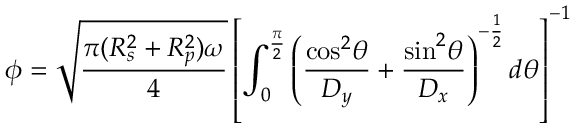
\phi = \sqrt { \frac { \pi ( R _ { s } ^ { 2 } + R _ { p } ^ { 2 } ) \omega } { 4 } } \left[ \int _ { 0 } ^ { \frac { \pi } { 2 } } \left( \frac { \mathrm { c o s } ^ { 2 } \theta } { D _ { y } } + \frac { \mathrm { s i n } ^ { 2 } \theta } { D _ { x } } \right) ^ { - \frac { 1 } { 2 } } d \theta \right] ^ { - 1 }